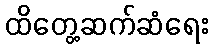
ထိတွေ့ဆက်ဆံရေး